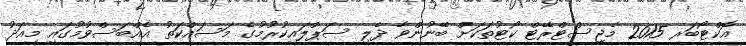
އޮކްޓޯބަރ 2015 މެޖިސްޓްރޭޓް ކޯޓުތަކަށް ބޭނުންވާ ދެލި ސަޕްލައިކުރުމުގެ މަސައްކަތު އެއްބަސްވުމުގައި މިއަދު